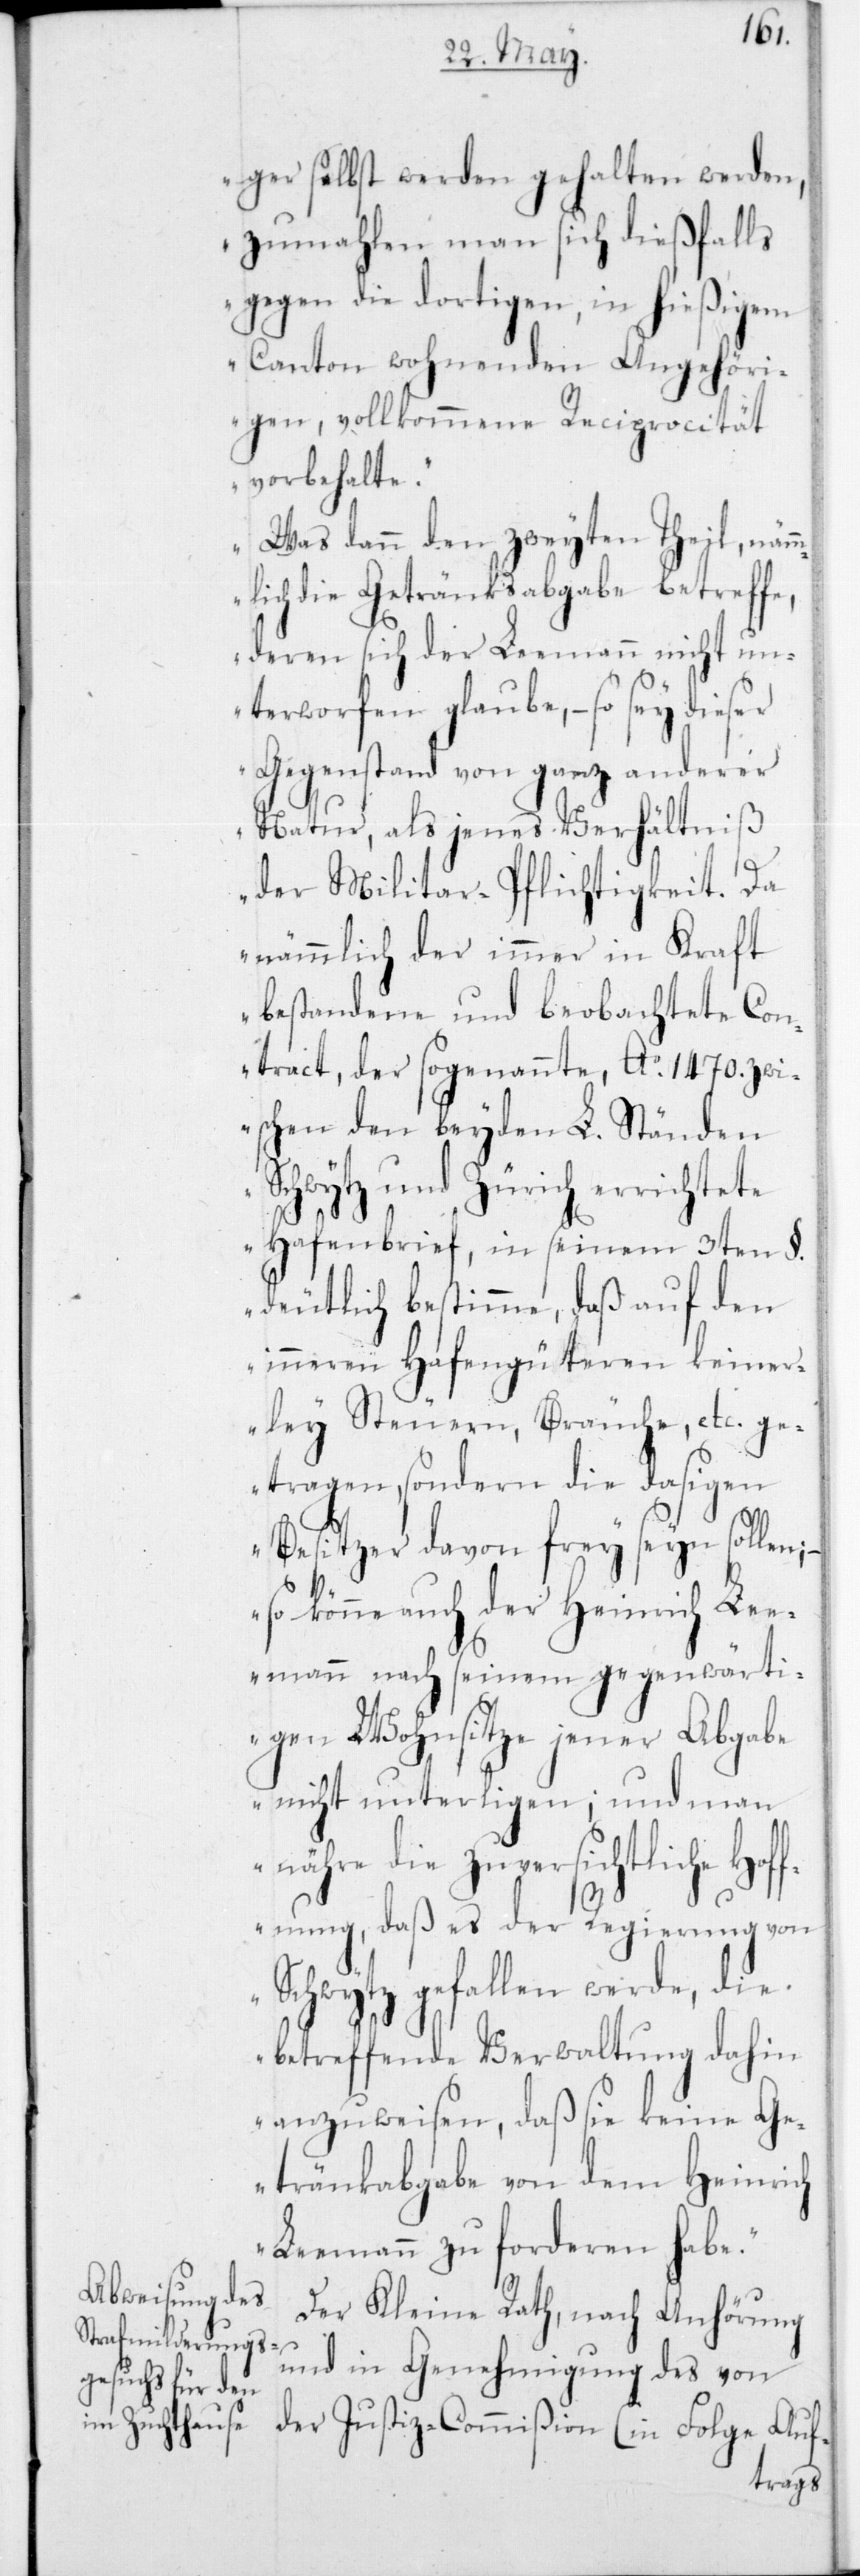
ger selbst werden gehalten werden,
zumahlen man sich dießfalls
gegen die dortigen, in hießigem
Canton wohnenden Angehöri¬
gen, vollkommene Reciprocität
vorbehalte.
Was dann den zweyten Theil, näm¬
mlich die Getränksabgabe betreffe,
deren sich der Leemann nicht un¬
terworfen glaube, – so sey dieser
Gegenstand von ganz anderer
Natur, als jenes Verhältniß
der Militar-Pflichtigkeit. Da
nämmlich der immer in Kraft
bestandene und beobachtete Con¬
tract, der sogenannte Ao 1470 zwi¬
schen den beyden L. Ständen
Schwytz und Zürich errichtete
Hafenbrief, in seinem 3ten §
deutlich bestimme, daß auf den
inneren Hafengüteren keiner¬
ley Steuern, Bräuche etc. ge¬
tragen, sondern die dasigen
Besitzer davon frey seyn sollen;
so könne auch der Heinrich Le¬
emann nach seinem gegenwärti¬
gen Wohnsitze jener Abgabe
nicht unterliegen; und man
nähre die zuversichtliche Hof¬
fnung, daß es der Regierung von
Schwytz gefallen werde, die
betreffende Verwaltung dahin
anzuweisen, daß sie keine Ge¬
tränkabgabe von dem Heinrich
Leemann zu forderen habe“.
Der Kleine Rath, nach Anhörung
und in Genehmigung des von
der Justiz-Commißion (in Folge Auf-